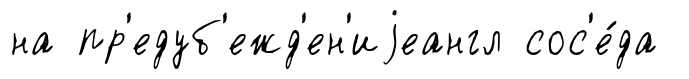
на пр'едуб'ежд'ен'иjеангл сос'е́да